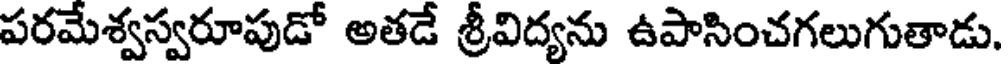
పరమేశ్వస్వరూపుడో అతడే శ్రీవిద్యను ఉపాసించగలుగుతాడు.